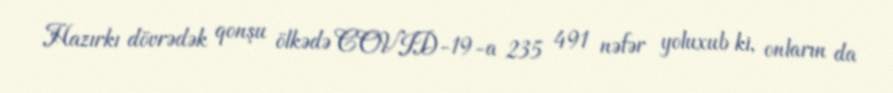
Hazırkı dövrədək qonşu ölkədə COVID-19-a 235 491 nəfər yoluxub ki, onların da